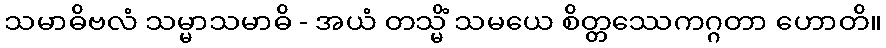
သမာဓိဗလံ သမ္မာသမာဓိ - အယံ တသ္မိံ သမယေ စိတ္တဿေကဂ္ဂတာ ဟောတိ။